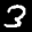
Label: 3